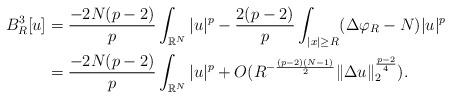
LaTeX: \begin{align*}B_{R}^{3}[u]&=\frac{-2N(p-2)}{p}\int_{\mathbb{R}^{N}}|u|^{p}-\frac{2(p-2)}{p}\int_{|x|\geq R}(\Delta \varphi_{R}-N)|u|^{p}\\&=\frac{-2N(p-2)}{p}\int_{\mathbb{R}^{N}}|u|^{p}+O(R^{-\frac{(p-2)(N-1)}{2}}\|\Delta u\|_{2}^{\frac{p-2}{4}}).\end{align*}